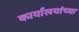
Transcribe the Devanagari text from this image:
कार्यालयांच्या